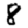
Digit: 8